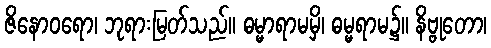
ဇိနောဝရော၊ ဘုရားမြတ်သည်။ ဓမ္မာရာမမှိ၊ ဓမ္မရာမ၌။ နိဗ္ဗုတော၊